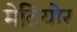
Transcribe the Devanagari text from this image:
मेटियोर